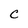
Character: C